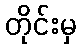
တိုင်းမှ